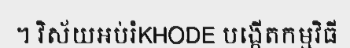
។ វិស័យអប់រំKHODE បង្កើតកម្មវិធី